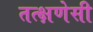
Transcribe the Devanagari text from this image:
तत्क्षणेसी